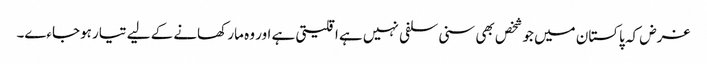
غرض کہ پاکستان میں جو شخص بھی سنی سلفی نہیں ہے اقلیتی ہے اور وہ مار کھانے کے لیے تیار ہوجاءے۔